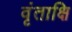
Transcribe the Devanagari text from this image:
वृंताक्षि